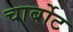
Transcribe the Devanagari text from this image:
चार्बोट